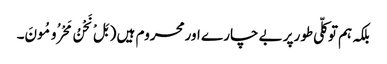
بلکہ ہم توکلّی طورپر بے چار ے اورمحروم ہیں ( بَلْ نَحْنُ مَحْرُومُونَ۔